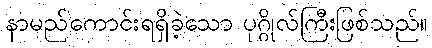
နာမည်ကောင်းရရှိခဲ့သော ပုဂ္ဂိုလ်ကြီးဖြစ်သည်။